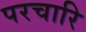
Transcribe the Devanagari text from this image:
परचारि